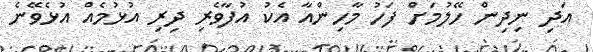
އަދި ނިދިން ހޭލުމަށް ފަހު މާހިންއާ އެކު އުފާވެރި ދިރި އުޅުމެއް އުޅެވޭނެ